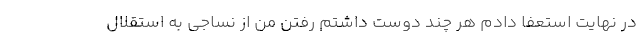
در نهایت استعفا دادم هر چند دوست داشتم رفتن من از نساجی به استقلال